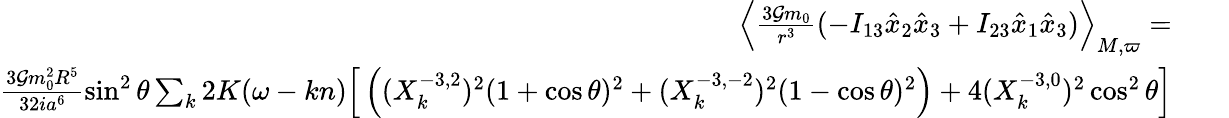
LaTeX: \begin{array}{rlr}{\left\langle\frac{3{\cal G}m_{0}}{r^{3}}(-I_{13}\hat{x}_{2}\hat{x}_{3}+I_{23}\hat{x}_{1}\hat{x}_{3})\right\rangle_{M,\varpi}=}&{}&\\ {\frac{3{\cal G}m_{0}^{2}R^{5}}{32ia^{6}}\sin^{2}\theta\sum_{k}2K(\omega-kn)\Big[\left((X_{k}^{-3,2})^{2}(1+\cos\theta)^{2}+(X_{k}^{-3,-2})^{2}(1-\cos\theta)^{2}\right)+4(X_{k}^{-3,0})^{2}\cos^{2}\theta\Big]}\end{array}